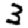
Digit: 3